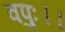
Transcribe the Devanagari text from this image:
वपुः।।